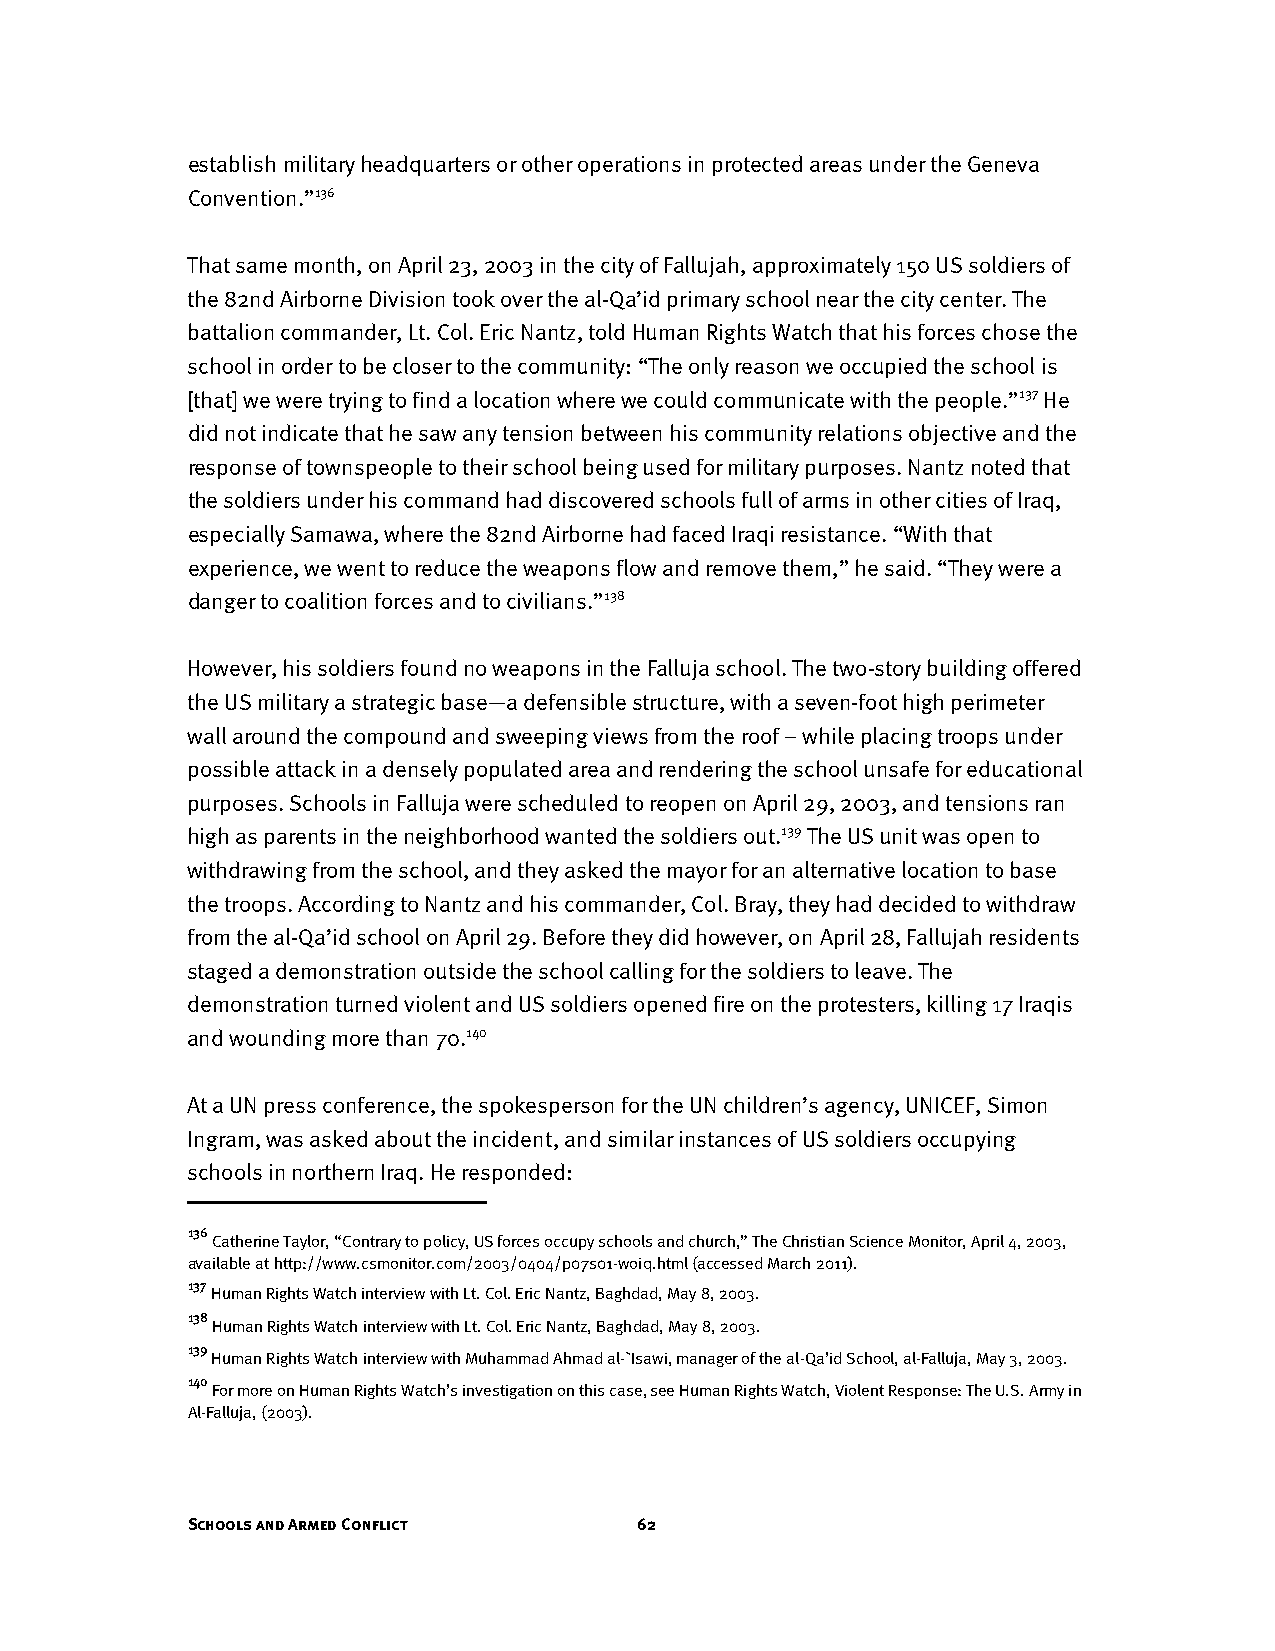
establish military headquarters or other operations in protected areas under the Geneva
 Convention.”136
 That same month, on April 23, 2003 in the city of Fallujah, approximately 150 US soldiers of
 the 82nd Airborne Division took over the al-Qa’id primary school near the city center. The
 battalion commander, Lt. Col. Eric Nantz, told Human Rights Watch that his forces chose the
 school in order to be closer to the community: “The only reason we occupied the school is
 [that] we were trying to find a location where we could communicate with the people.”137 He
 did not indicate that he saw any tension between his community relations objective and the
 response of townspeople to their school being used for military purposes. Nantz noted that
 the soldiers under his command had discovered schools full of arms in other cities of Iraq,
 especially Samawa, where the 82nd Airborne had faced Iraqi resistance. “With that
 experience, we went to reduce the weapons flow and remove them,” he said. “They were a
 danger to coalition forces and to civilians.”138
 However, his soldiers found no weapons in the Falluja school. The two-story building offered
 the US military a strategic base—a defensible structure, with a seven-foot high perimeter
 wall around the compound and sweeping views from the roof – while placing troops under
 possible attack in a densely populated area and rendering the school unsafe for educational
 purposes. Schools in Falluja were scheduled to reopen on April 29, 2003, and tensions ran
 high as parents in the neighborhood wanted the soldiers out.139 The US unit was open to
 withdrawing from the school, and they asked the mayor for an alternative location to base
 the troops. According to Nantz and his commander, Col. Bray, they had decided to withdraw
 from the al-Qa’id school on April 29. Before they did however, on April 28, Fallujah residents
 staged a demonstration outside the school calling for the soldiers to leave. The
 demonstration turned violent and US soldiers opened fire on the protesters, killing 17 Iraqis
 and wounding more than 70.140
 At a UN press conference, the spokesperson for the UN children’s agency, UNICEF, Simon
 Ingram, was asked about the incident, and similar instances of US soldiers occupying
 schools in northern Iraq. He responded:
 136
 Catherine Taylor, “Contrary to policy, US forces occupy schools and church,” The Christian Science Monitor, April 4, 2003,
 available at http://www.csmonitor.com/2003/0404/p07s01-woiq.html (accessed March 2011).
 137
 Human Rights Watch interview with Lt. Col. Eric Nantz, Baghdad, May 8, 2003.
 138
 Human Rights Watch interview with Lt. Col. Eric Nantz, Baghdad, May 8, 2003.
 139
 Human Rights Watch interview with Muhammad Ahmad al-`Isawi, manager of the al-Qa’id School, al-Falluja, May 3, 2003.
 140
 For more on Human Rights Watch’s investigation on this case, see Human Rights Watch, Violent Response: The U.S. Army in
 Al-Falluja, (2003).
 Schools and Armed Conflict    62